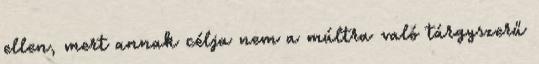
ellen, mert annak célja nem a múltra való tárgyszerű